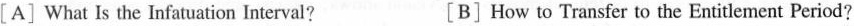
[A] What Is the Infatuation Interval? [B] How to Transfer to the Entitlement Period?